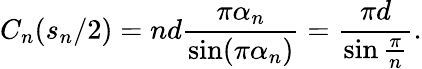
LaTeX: C_{n}(s_{n}/2)=nd\frac{\pi\alpha_{n}}{\sin(\pi\alpha_{n})}=\frac{\pi d}{\sin\frac{\pi}{n}}.